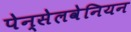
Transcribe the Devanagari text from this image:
पेन्सेलवेनियन